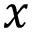
x